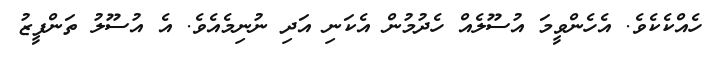
ހެއްކެކެވެ. އެހެންވީމަ އުސޫލެއް ހެދުމުން އެކަނި އަދި ނުނިމެއެވެ. އެ އުސޫލު ތަންފީޒު